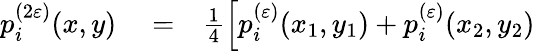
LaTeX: \begin{array}{rlr}{p_{i}^{(2\varepsilon)}(x,y)}&{{}=}&{\frac{1}{4}\Bigl[p_{i}^{(\varepsilon)}(x_{1},y_{1})+p_{i}^{(\varepsilon)}(x_{2},y_{2})}\end{array}